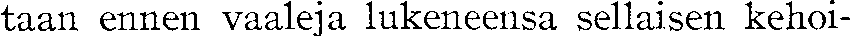
taan ennen vaaleja lukeneensa sellaisen kehoi-